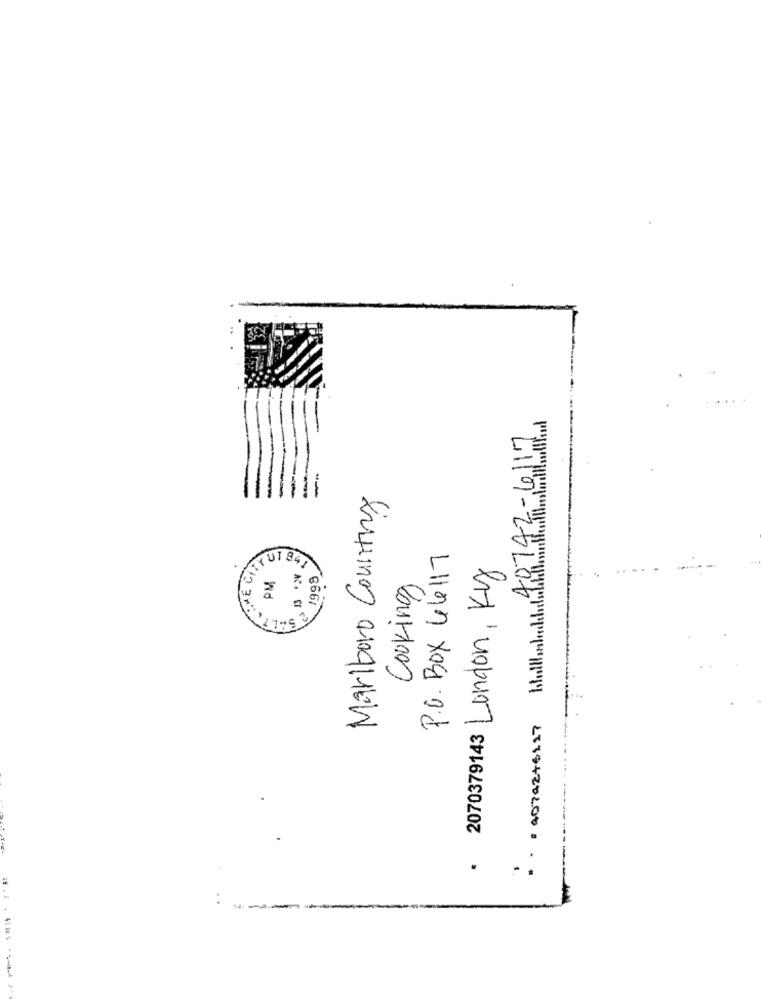
40742-6117
Marlboro Country
P.O. BOX 46117
CY UT 84
· 2070379143 London, Ku
Cooking
Wd
6661
2879420200 . .